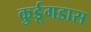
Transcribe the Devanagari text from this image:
कुर्डूगडास